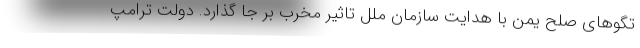
تگوهای صلح یمن با هدایت سازمان ملل تاثیر مخرب بر جا گذارد. دولت ترامپ